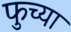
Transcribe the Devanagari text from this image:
फुच्या